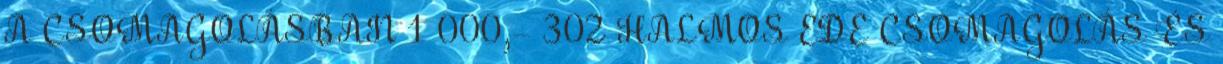
A CSOMAGOLÁSBAN 1 000,- 302 HALMOS EDE CSOMAGOLÁS ÉS